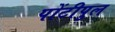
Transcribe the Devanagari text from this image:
पोंटीपुल